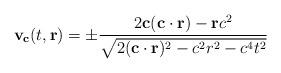
LaTeX: \begin{align*}{\bf{v_c}} (t, {\bf{r}}) = \pm \frac{2{\bf c} ({\bf{c\cdot r}}) - {\bf {r}} c^2}{\sqrt{2({\bf{c\cdot r}})^2 - c^2 r^2- c^4 t^2}}\end{align*}